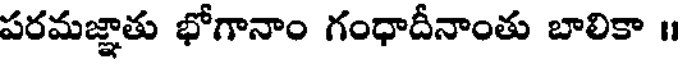
పరమజ్ఞాతు భోగానాం గంధాదీనాంతు బాలికా